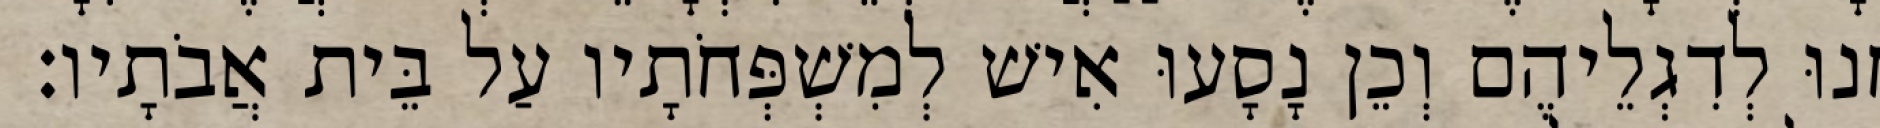
חָנוּ לְדִגְלֵיהֶם וְכֵן נָסָעוּ אִישׁ לְמִשְׁפְּחֹתָיו עַל בֵּית אֲבֹתָיו׃